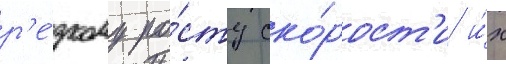
р'е́зкому ро́сту ско́рост'и и́х